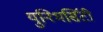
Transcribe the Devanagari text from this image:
युनिभर्सिटी